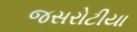
જસરોટીયા